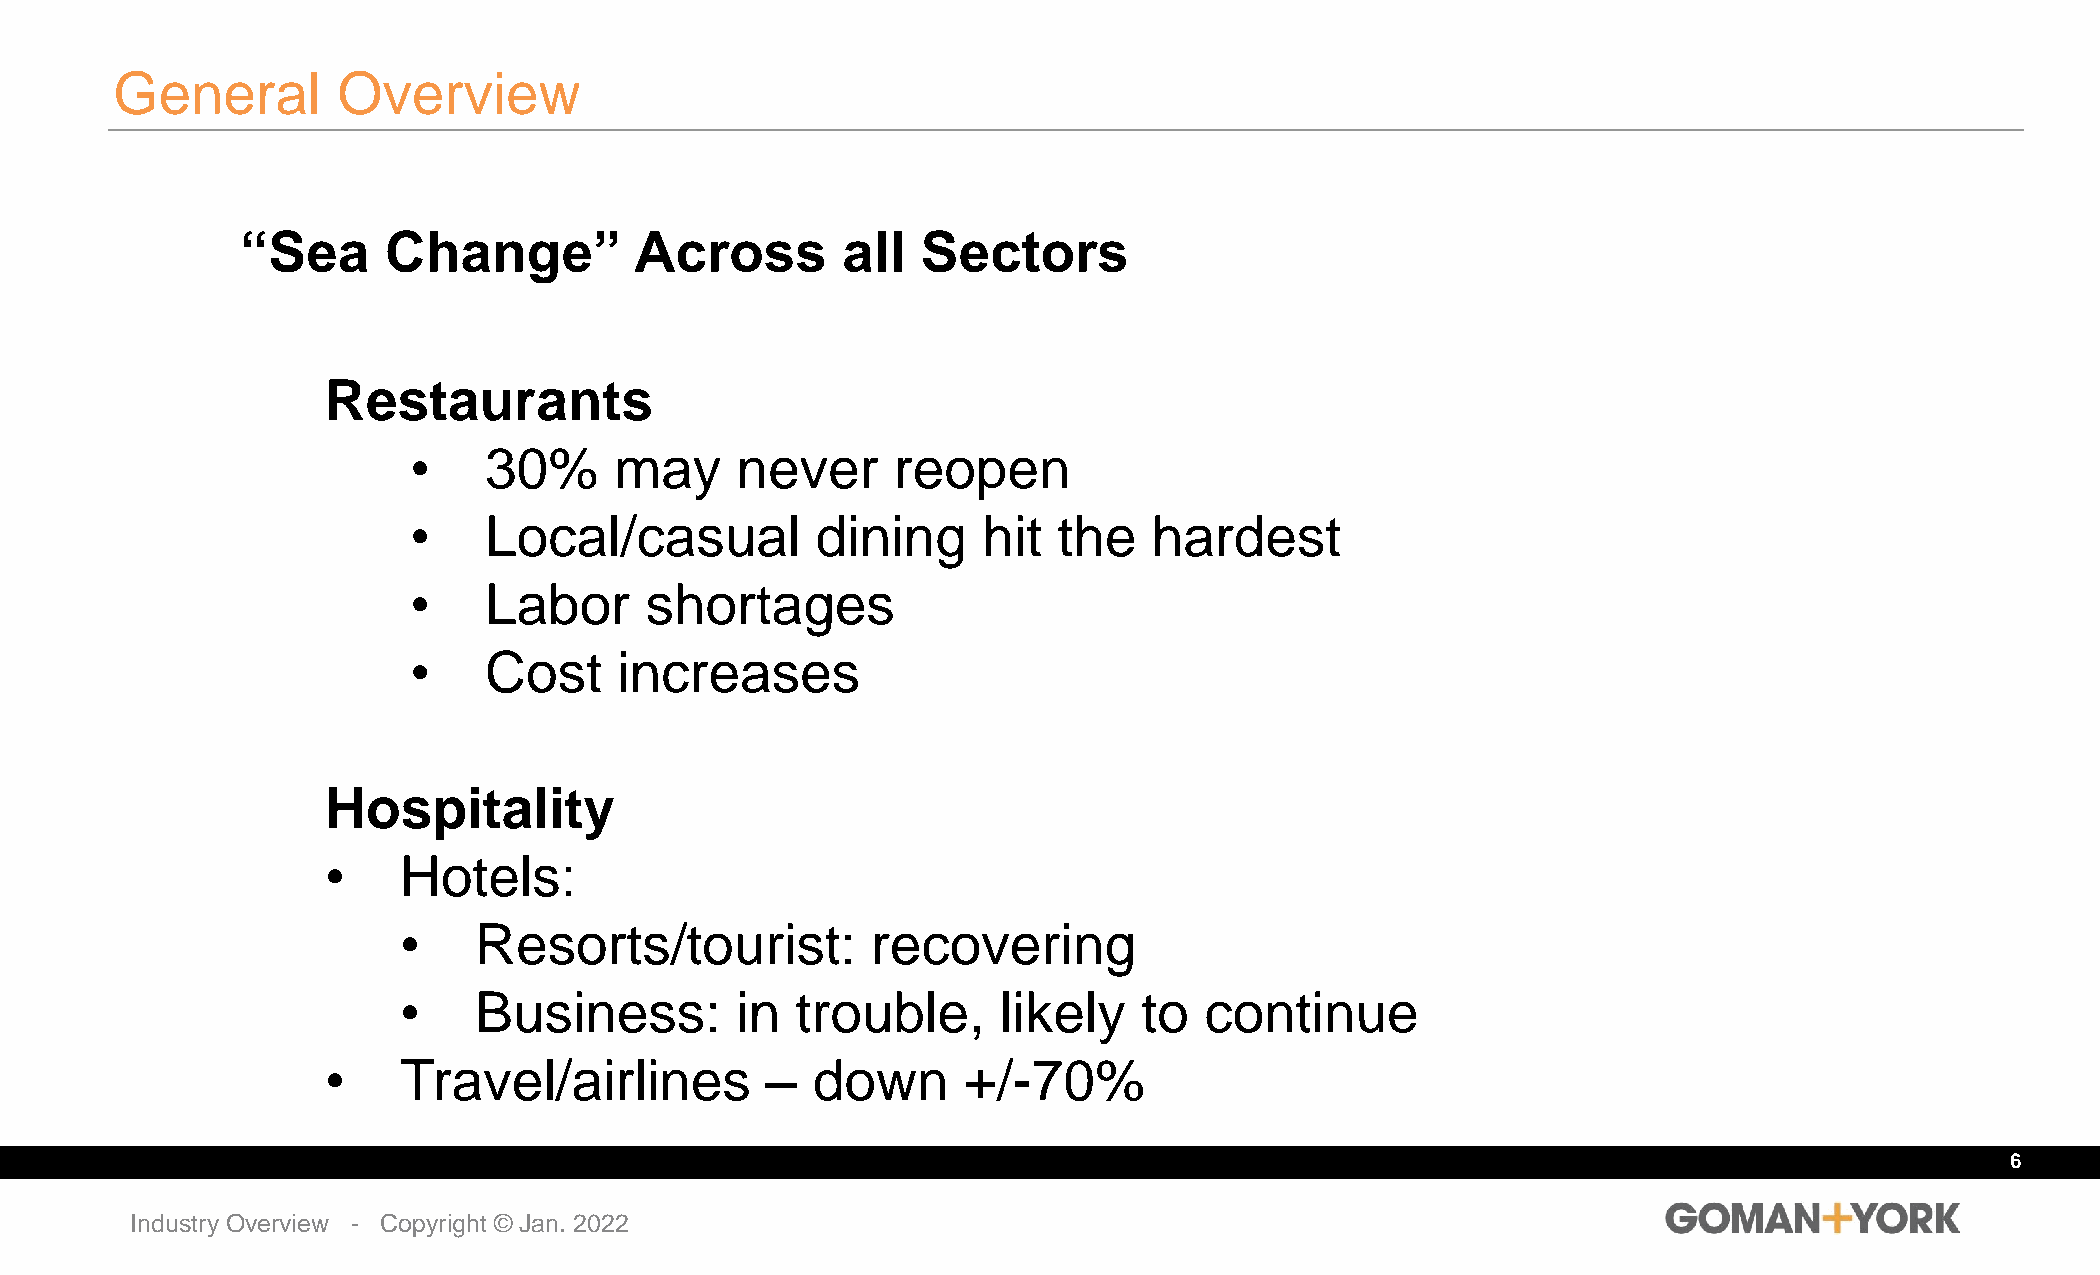
General        Overview
 “Sea     Change”          Across        all  Sectors
 Restaurants
 •    30%      may     never     reopen
 •    Local/casual          dining     hit  the   hardest
 •    Labor      shortages
 •    Cost     increases
 Hospitality
 •   Hotels:
 •    Resorts/tourist:           recovering
 •    Business:         in  trouble,     likely    to  continue
 •   Travel/airlines          –  down      +/-70%
 6
 Industry Overview - Copyright © Jan. 2022